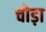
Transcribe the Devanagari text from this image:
चोड़ा